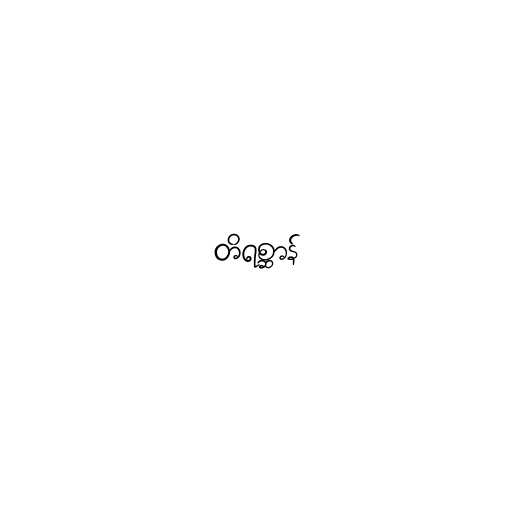
တိရစ္ဆာန်